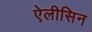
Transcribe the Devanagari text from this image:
ऐलीसिन